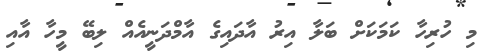
މި ހުރިހާ ކަމަކަށް ބަލާ އިރު އާދައިގެ އާމްދަނީއެއް ލިބޭ މީހާ އާއި